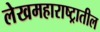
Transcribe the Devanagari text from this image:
लेखमहाराष्ट्रातील